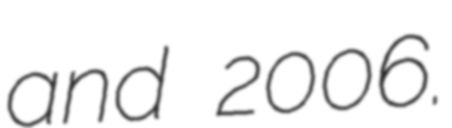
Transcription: and 2006.